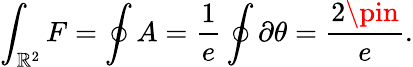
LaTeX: \int_{\mathbb{R}^{2}}{F}=\oint{A}=\frac{{1}}{{e}}\oint\partial\theta=\frac{{2\pin}}{{e}}.